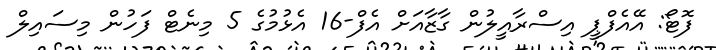
ފޮޓޯ: އޭއެފްޕީ އިސްރާއީލުން ގާޒާއަށް އެފް-16 އެޅުމުގެ 5 މިނެޓް ފަހުން މިސައިލް